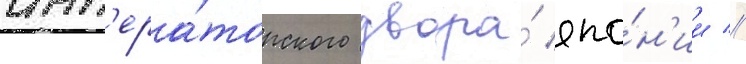
имп'ера́торского двора́ япо́н'ии //